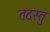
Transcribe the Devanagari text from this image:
तदस्तु